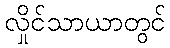
လှိုင်သာယာတွင်